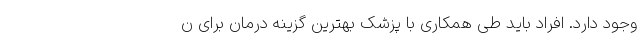
وجود دارد. افراد باید طی همکاری با پزشک بهترین گزینه درمان برای ن